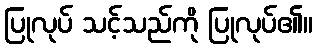
ပြုလုပ် သင့်သည်ကို ပြုလုပ်၏။